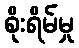
စိုးရိမ်မှု